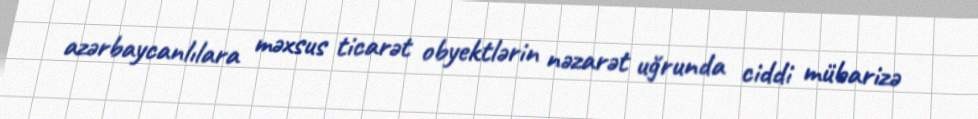
azərbaycanlılara məxsus ticarət obyektlərin nəzarət uğrunda ciddi mübarizə